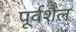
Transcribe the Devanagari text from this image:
पूर्वशैल